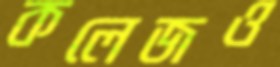
কলেজও